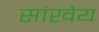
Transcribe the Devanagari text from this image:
सांखेय